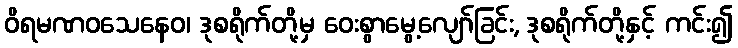
ဝိရမဏဝသေနေဝ၊ ဒုစရိုက်တို့မှ ဝေးစွာမွေ့လျော်ခြင်း, ဒုစရိုက်တို့နှင့် ကင်း၍